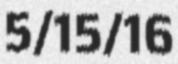
5/15/16